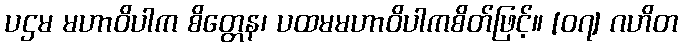
ပဌမ မဟာဝိပါက စိတ္တေန၊ ပထမမဟာဝိပါကစိတ်ဖြင့်။ [၀၇] ဂဟိတ